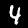
Label: 4